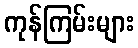
ကုန်ကြမ်းများ